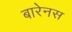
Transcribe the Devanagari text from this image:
बारेनस